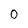
Character: 0